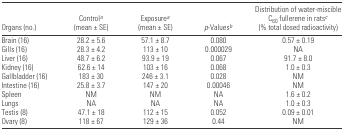
| Organs (no.) | Controla (mean ± SE) | Exposurea (mean ± SE) | p-Valuesb | Distribution of water-miscible C60 fullerene in ratsc (% total dosed radioactivity) |
 | --- | --- | --- | --- | --- |
 | Brain (16) | 28.2 ± 5.6 | 57.1 ± 8.7 | 0.080 | 0.57 ± 0.19 |
 | Gills (16) | 28.3 ± 4.2 | 113 ± 10 | 0.000029 | NA |
 | Liver (16) | 48.7 ± 6.2 | 93.9 ± 19 | 0.067 | 91.7 ± 8.0 |
 | Kidney (16) | 62.6 ± 14 | 103 ± 16 | 0.068 | 1.0 ± 0.3 |
 | Gallbladder (16) | 183 ± 30 | 246 ± 3.1 | 0.028 | NM |
 | Intestine (16) | 25.8 ± 3.7 | 147 ± 20 | 0.00046 | NM |
 | Spleen | NM | NM | NA | 1.6 ± 0.2 |
 | Lungs | NA | NA | NA | 1.0 ± 0.3 |
 | Testis (8) | 47.1 ± 18 | 112 ± 15 | 0.052 | 0.09 ± 0.01 |
 | Ovary (8) | 118 ± 67 | 129 ± 36 | 0.44 | NM |